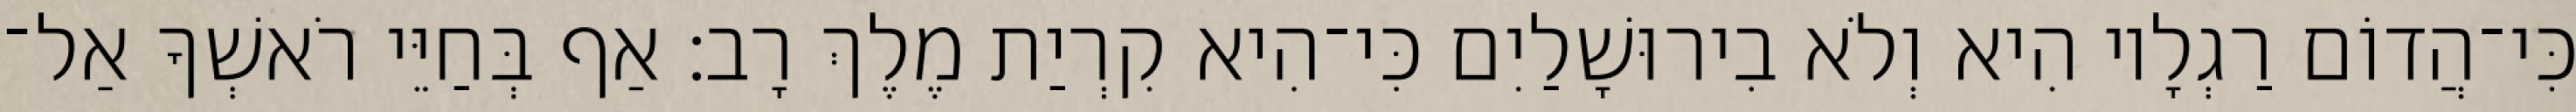
כִּי־הֲדוֹם רַגְלָיו הִיא וְלֹא בִירוּשָׁלַיִם כִּי־הִיא קִרְיַת מֶלֶךְ רָב׃ אַף בְּחַיֵּי רֹאשְׁךָ אַל־